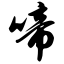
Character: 啼